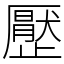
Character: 㱘